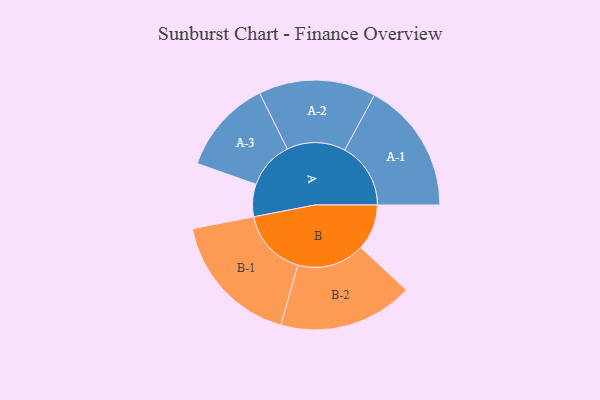
{"axis": {"x": "Segment", "y": "Value"}, "legend": ["", "A", "B"], "data": [{"x": "A", "y": 133, "type": ""}, {"x": "B", "y": 188, "type": ""}, {"x": "A-1", "y": 270, "type": "A"}, {"x": "A-2", "y": 240, "type": "A"}, {"x": "A-3", "y": 194, "type": "A"}, {"x": "B-1", "y": 277, "type": "B"}, {"x": "B-2", "y": 276, "type": "B"}]}